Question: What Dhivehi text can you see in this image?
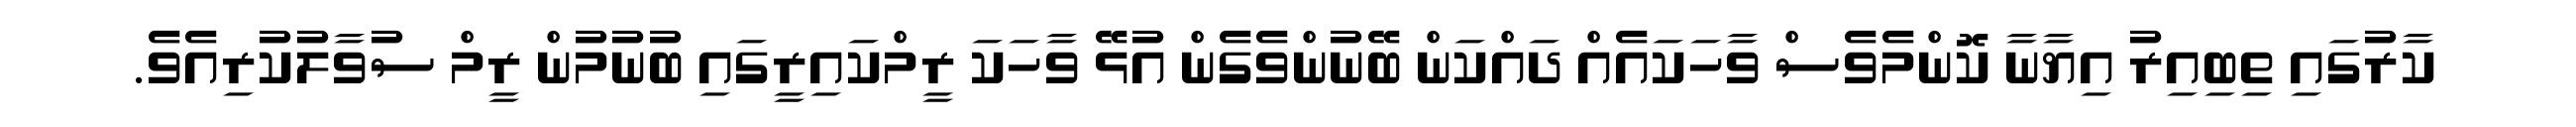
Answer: ކާރުގައި ތިބިއިރު އިޔާނާ ކޮންމެވެސް ވާހަކައެއް ދައްކަން ބޭނުންވެގެން އުޅޭ ވާހަކަ ރީމްކައިރީގައި ބުނުމުން ރީމް ސުވާލުކުރިއެވެ.